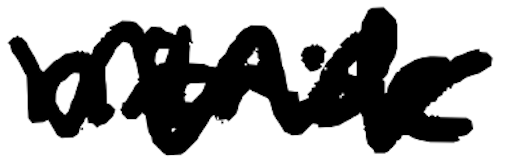
Text: nitride
Cross-out: zig-zag
Writing tool: digital_black